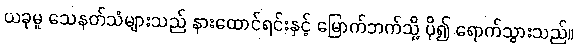
ယခုမူ သေနတ်သံများသည် နားထောင်ရင်းနှင့် မြောက်ဘက်သို့ ပို၍ ရောက်သွားသည်။